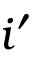
i ^ { \prime }